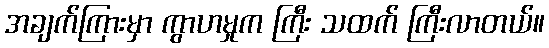
အချက်ကြားမှာ ကွာဟမှုက ကြီး သထက် ကြီးလာတယ်။